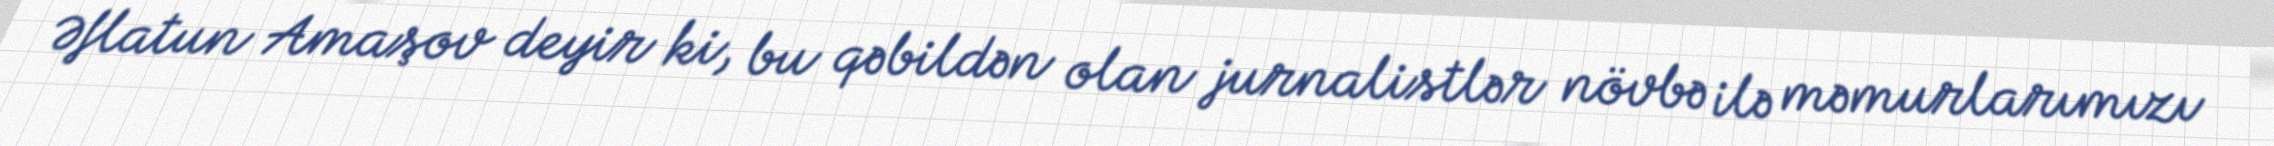
Əflatun Amaşov deyir ki, bu qəbildən olan jurnalistlər növbə ilə məmurlarımızı